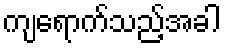
ကျရောက်သည့်အခါ